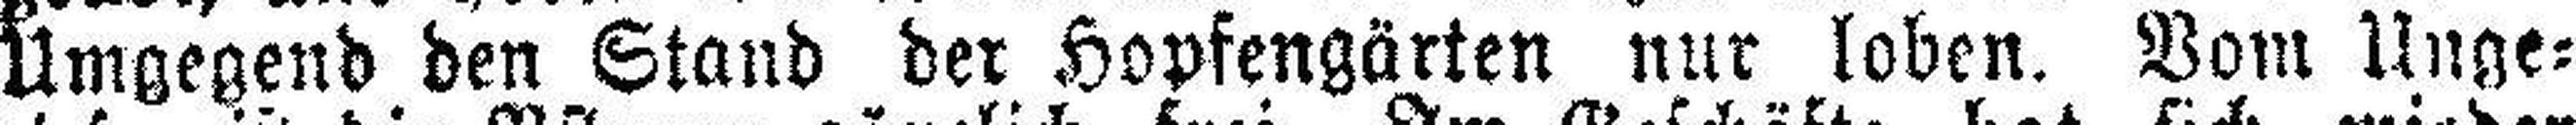
Umgegend den Stand der Hopfengärten nur loben. Vom Unge¬